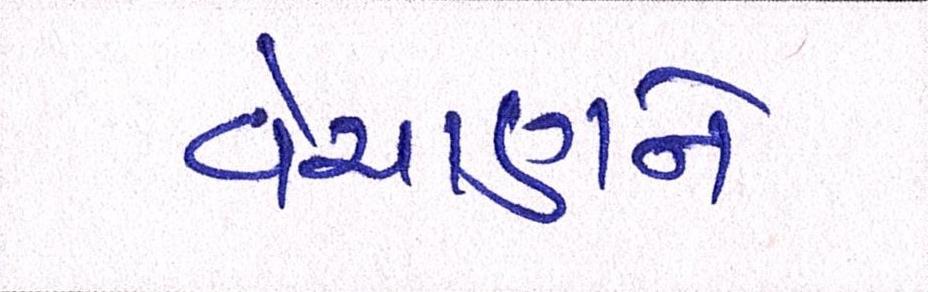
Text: વેચાણને